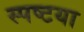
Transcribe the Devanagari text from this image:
स्पष्टया